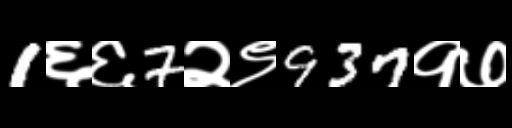
Text: 1६६7२९937१७